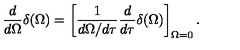
{ \frac { d } { d \Omega } } \delta ( \Omega ) = \left[ { \frac { 1 } { d \Omega / d \tau } } { \frac { d } { d \tau } } \delta ( \Omega ) \right] _ { \Omega = 0 } .